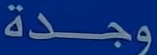
وجدة